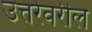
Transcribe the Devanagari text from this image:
उत्तरेवरील